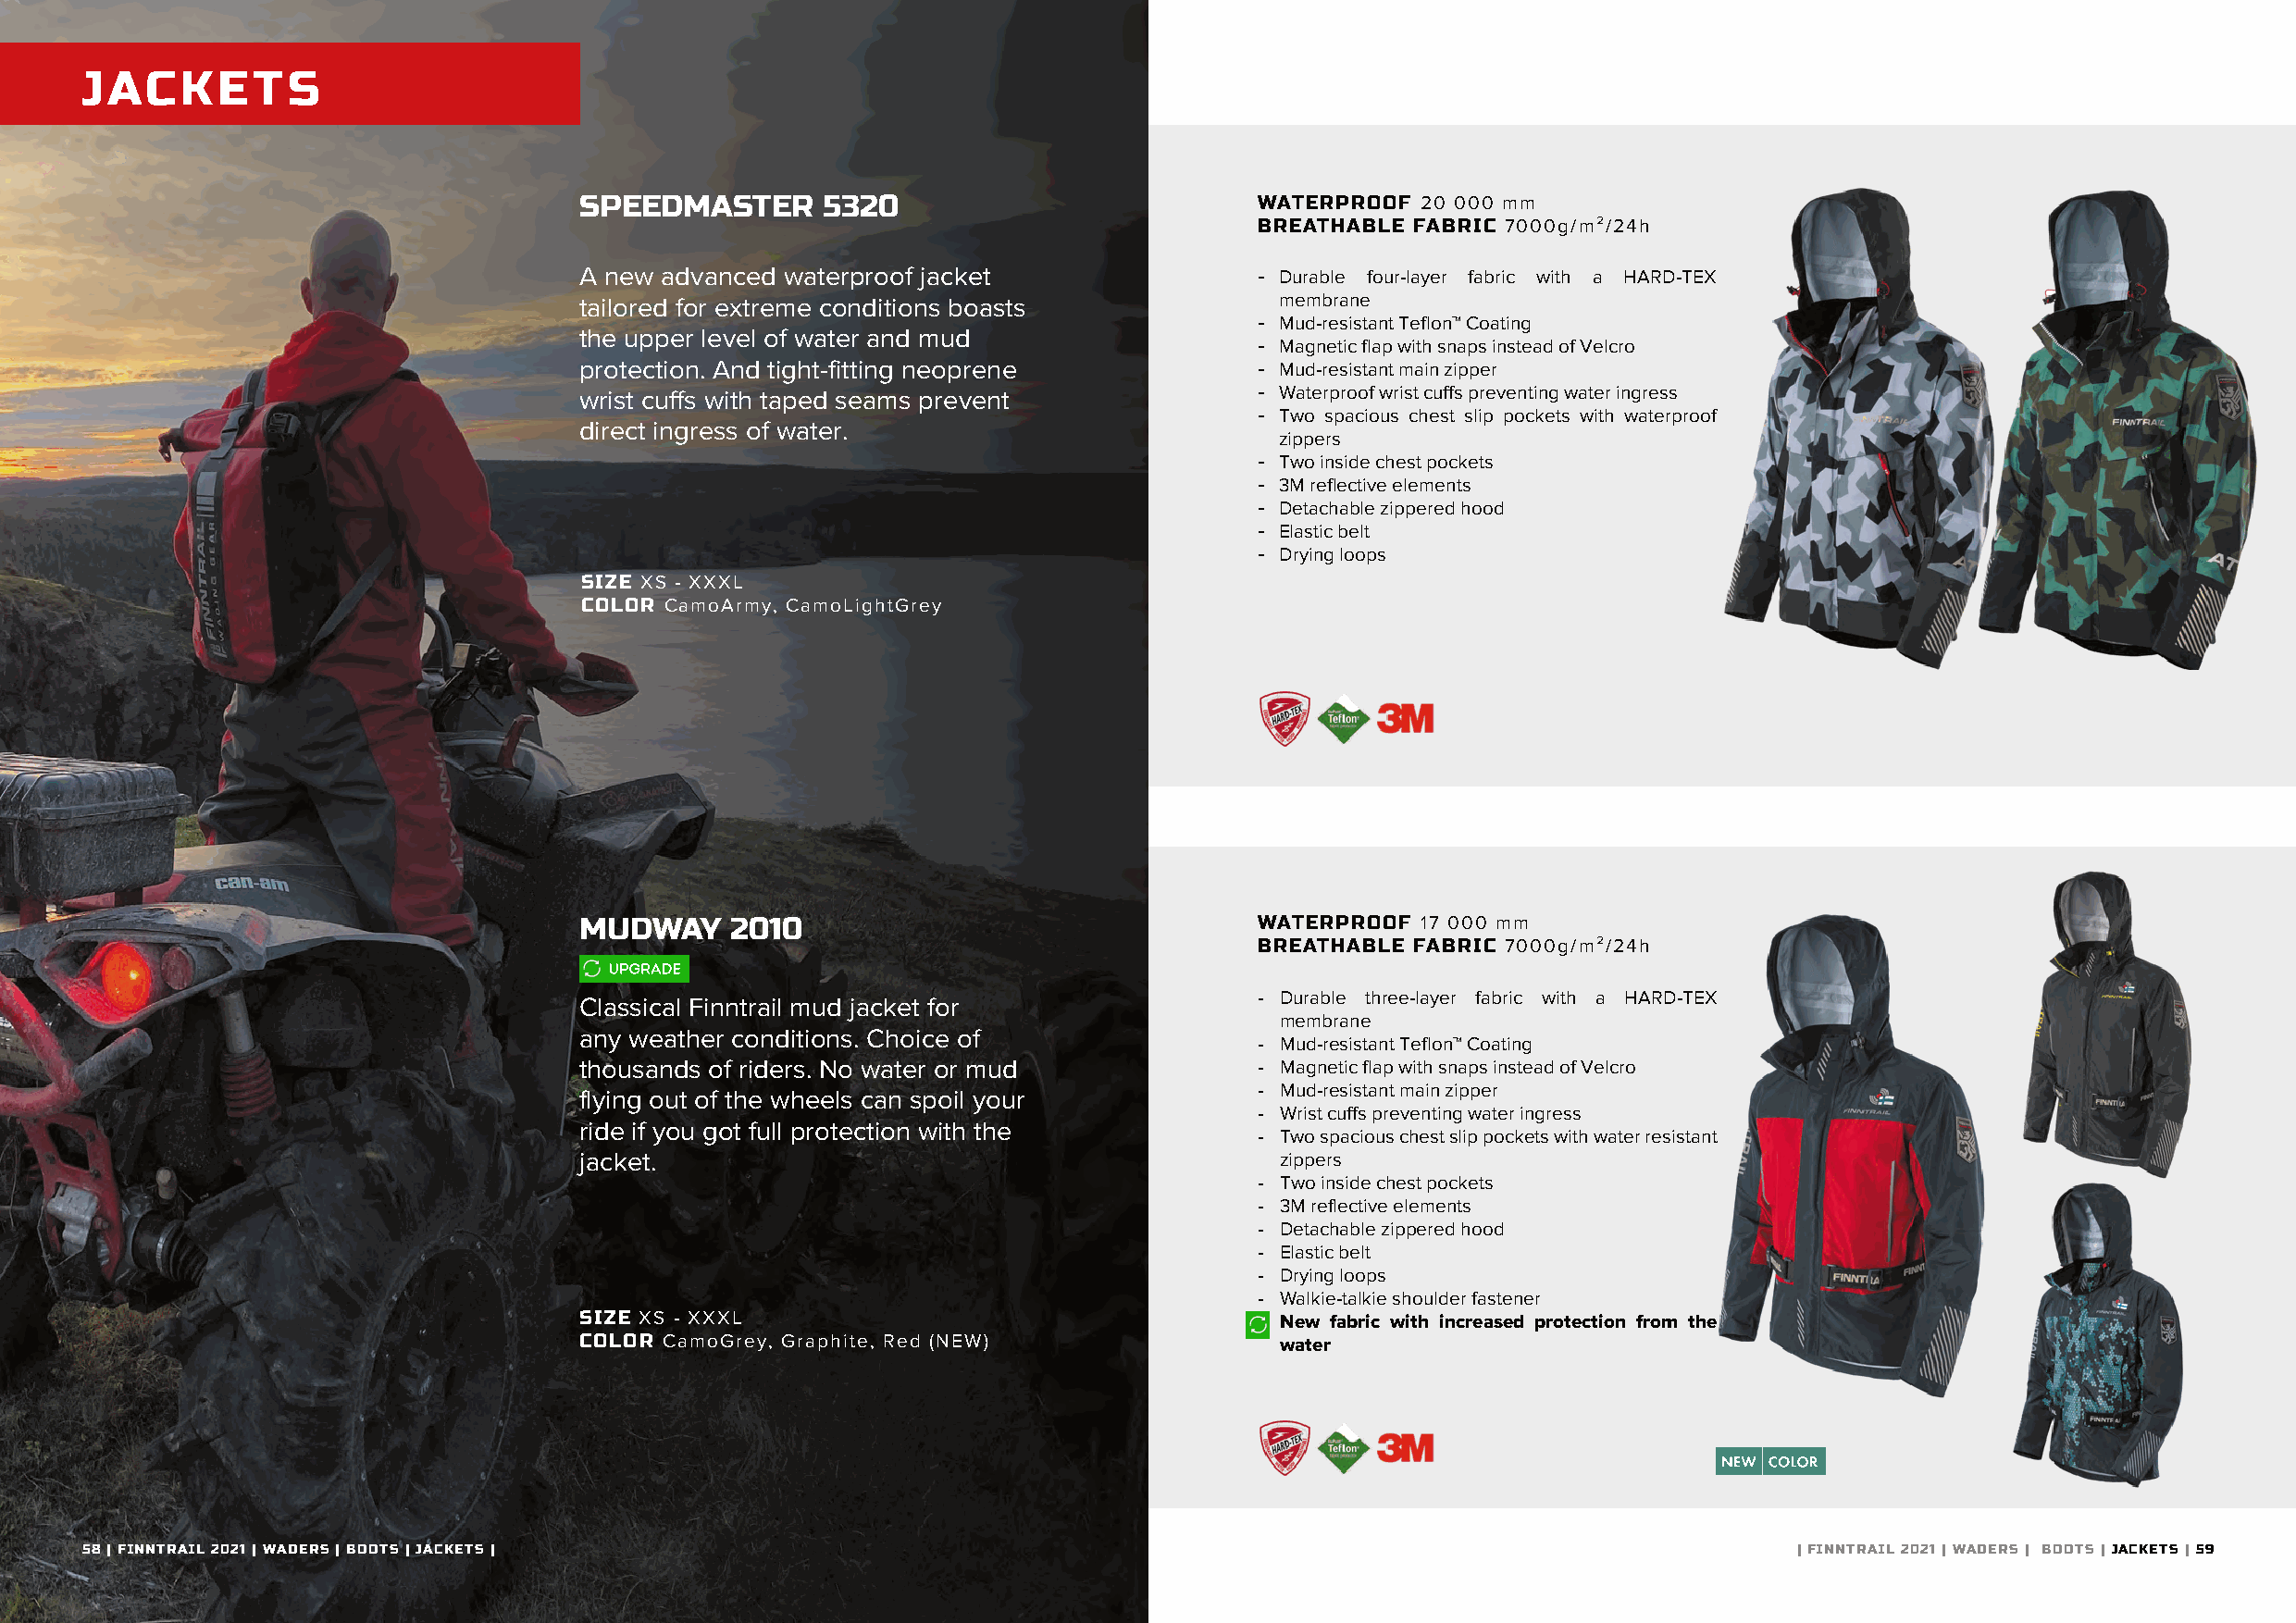
JACKETS
 SPEEDMASTER       5320                           WATERPROOF  20 000 mm
 BREATHABLE FABRIC 7000g/m²/24h
 A new advanced waterproof jacket                 - Durable four-layer fabric with a HARD-TEX
 tailored for extreme conditions boasts            membrane
 - Mud-resistant Teflon™ Coating
 the upper level of water and mud
 - Magnetic flap with snaps instead of Velcro
 protection. And tight-fitting neoprene           - Mud-resistant main zipper
 wrist cuffs with taped seams prevent             - Waterproof wrist cuffs preventing water ingress
 - Two spacious chest slip pockets with waterproof
 direct ingress of water.
 zippers
 - Two inside chest pockets
 - 3M reflective elements
 - Detachable zippered hood
 - Elastic belt
 - Drying loops
 SIZE XS - XXXL
 COLOR CamoArmy, CamoLightGrey
 MUDWAY     2010                                  WATERPROOF  17 000 mm
 BREATHABLE FABRIC 7000g/m²/24h
 - Durable three-layer fabric with a HARD-TEX
 Classical Finntrail mud jacket for
 membrane
 any weather conditions. Choice of
 - Mud-resistant Teflon™ Coating
 thousands of riders. No water or mud             - Magnetic flap with snaps instead of Velcro
 - Mud-resistant main zipper
 flying out of the wheels can spoil your
 - Wrist cuffs preventing water ingress
 ride if you got full protection with the
 - Two spacious chest slip pockets with water resistant
 jacket.                                            zippers
 - Two inside chest pockets
 - 3M reflective elements
 - Detachable zippered hood
 - Elastic belt
 - Drying loops
 - Walkie-talkie shoulder fastener
 SIZE XS - XXXL                                   - New fabric with increased protection from the
 COLOR CamoGrey, Graphite, Red (NEW)                water
 5588 || FFIINNNNTTRRAAIILL 22002211 || WWAADDEERRSS || BWOAODTESR |S J AFCOKRE KTISD |S | WADERS FOR WOMEN |               | FINNTRAIL 2021 | WADERS | BOOTS | JACKETS | 59